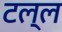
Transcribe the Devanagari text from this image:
टल्ल